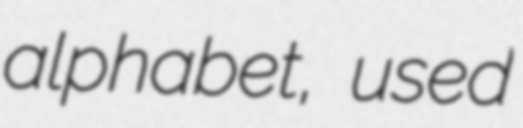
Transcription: alphabet, used